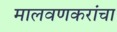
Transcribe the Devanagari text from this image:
मालवणकरांचा